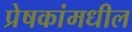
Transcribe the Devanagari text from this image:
प्रेषकांमधील